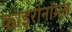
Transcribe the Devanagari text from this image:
काइरोनॉमस